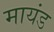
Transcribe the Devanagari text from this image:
मायंड